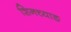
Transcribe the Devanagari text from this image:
शिनच्याङ